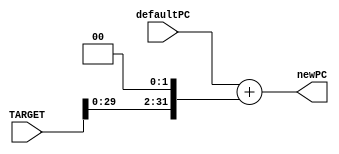
`timescale  1ns/100ps
module pcAdder(newPC, defaultPC, TARGET);

parameter P=32;     //p=32 since 32 bit reg is used

input [(P-1):0] defaultPC;    //default pc value
input [31:0] TARGET;


output reg [(P-1):0] newPC;    //reg to hold new pc value

always @(*) begin
    #2 newPC = defaultPC + {TARGET[29:0],2'b00};
end


endmodule